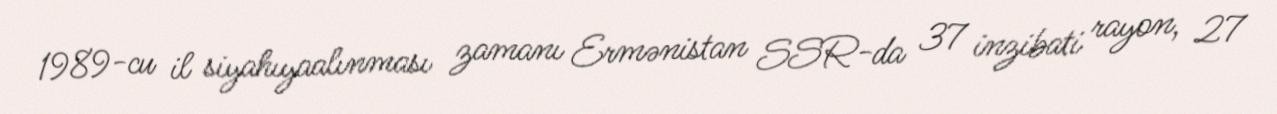
1989-cu il siyahıyaalınması zamanı Ermənistan SSR-da 37 inzibati rayon, 27